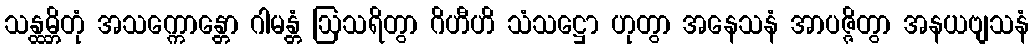
သန္ထမ္ဘိတုံ အသက္ကောန္တော ဂါမန္တံ ဩသရိတွာ ဂိဟီဟိ သံသဋ္ဌော ဟုတွာ အနေသနံ အာပဇ္ဇိတွာ အနယဗျသနံ